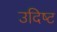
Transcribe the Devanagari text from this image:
उदिष्‍ट